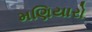
મણિયારો